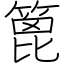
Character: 篦